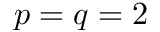
p = q = 2